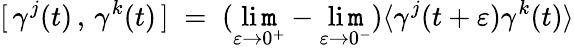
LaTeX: [\, \gamma^{j}(t)\, ,\, \gamma^{k}(t)\, ]\; =\; (\operatorname*{li\mathtt{m}}_{\varepsilon\to0^{+}}-\operatorname*{li\mathtt{m}}_{\varepsilon\to0^{-}})\langle\gamma^{j}(t+\varepsilon)\gamma^{k}(t)\rangle